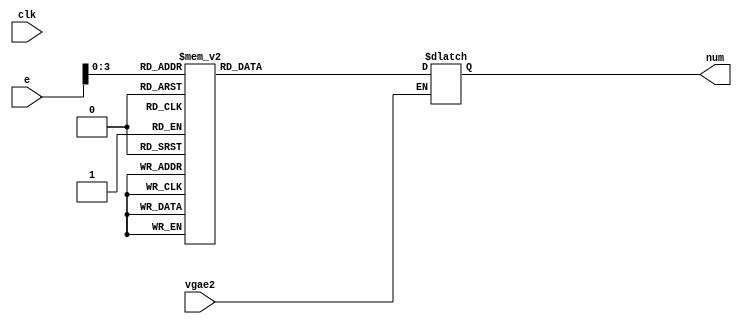
module regtovga(input wire clk, vgae2, 
                input wire [7:0] e,
                output wire [3:0] num);


  /*El numero de entrada tiene que estar entre 0-9, 
  en cualquier otro caso,hay un problema...*/

  reg [3:0] aux;
  
  always @(e, vgae2) //Siempre que cambie el numero de entrada
  begin
    if (vgae2) //Si esta activada la VGA
    begin
      case (e[3:0])              
        4'b0000: aux = 0;
        4'b0001: aux = 1;
        4'b0010: aux = 2;
        4'b0011: aux = 3;
        4'b0100: aux = 4;
        4'b0101: aux = 5;
        4'b0110: aux = 6;
        4'b0111: aux = 7;
        4'b1000: aux = 8;
        4'b1001: aux = 9;
        default: aux = 15;  // Si no es un numero valido, devolver excepcion !
      endcase
    end      
  end

  assign num = aux;

endmodule // regtovga